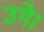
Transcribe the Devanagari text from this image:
उगे।